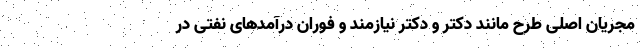
مجریان اصلی طرح مانند دکتر و دکتر نیازمند و فوران درآمدهای نفتی در